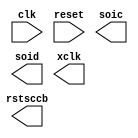
//---------------------------------------------------------------------------------
//
// IMPORTANT: This document is for use only in the <Embedded System Design>
//
// College of Electrical Engineering, Zhejiang University
//
// zhangpy@vlsi.zju.edu.cn
//
//---------------------------------------------------------------------------------

module sccb(clk,
				reset,
				soic,
				soid,
				xclk,
				rstsccb
           );
    
	input  clk;
    input  reset;
    output soic;
    output soid;
	output rstsccb;
	output xclk;
	 
    
    parameter SCCBID = 8'h60;
    parameter ACK = 1'b0;
    parameter SOICHEAD = 4'b1110;
    parameter SOIDHEAD = 4'b1100;
    parameter SOICEND = 4'b1111;
    parameter SOIDEND = 4'b0111;
    parameter SOICMID = 27'd0;
	 
    wire [15:0] INS[0:191];

	assign INS[0] = 16'hff01;
	assign INS[1] = 16'h1280;
	assign INS[2] = 16'hff00;
	assign INS[3] = 16'h2cff;
	assign INS[4] = 16'h2edf;
	assign INS[5] = 16'hff01;
	assign INS[6] = 16'h3c32;
	assign INS[7] = 16'h1100;
	assign INS[8] = 16'h0902;
	assign INS[9] = 16'h0428;
	assign INS[10] = 16'h13e5;
	assign INS[11] = 16'h1448;
	assign INS[12] = 16'h2c0c;
	assign INS[13] = 16'h3378;
	assign INS[14] = 16'h3a33;
	assign INS[15] = 16'h3bfB;
	assign INS[16] = 16'h3e00;
	assign INS[17] = 16'h4311;
	assign INS[18] = 16'h1610;
	assign INS[19] = 16'h3992;
	assign INS[20] = 16'h35da;
	assign INS[21] = 16'h221a;
	assign INS[22] = 16'h37c3;
	assign INS[23] = 16'h2300;
	assign INS[24] = 16'h34c0;
	assign INS[25] = 16'h361a;
	assign INS[26] = 16'h0688;
	assign INS[27] = 16'h07c0;
	assign INS[28]= 16'h0d87;
	assign INS[29] = 16'h0e41;
	assign INS[30] = 16'h4c00;
	assign INS[31] = 16'h4800;
	assign INS[32] = 16'h5B00;
	assign INS[33] = 16'h4203;
	assign INS[34] = 16'h4a81;
	assign INS[35] = 16'h2199;
	assign INS[36] = 16'h2440;
	assign INS[37] = 16'h2538;
	assign INS[38] = 16'h2682;
	assign INS[39] = 16'h5c00;
	assign INS[40] = 16'h6300;
	assign INS[41] = 16'h4622;
	assign INS[42] = 16'h0c3c;
	assign INS[43] = 16'h6170;
	assign INS[44] = 16'h6280;
	assign INS[45] = 16'h7c05;
	assign INS[46] = 16'h2080;
	assign INS[47] = 16'h2830;
	assign INS[48] = 16'h6c00;
	assign INS[49] = 16'h6d80;
	assign INS[50] = 16'h6e00;
	assign INS[51] = 16'h7002;
	assign INS[52] = 16'h7194;
	assign INS[53] = 16'h73c1;
	assign INS[54] = 16'h1240;
	assign INS[55] = 16'h1711;
	assign INS[56] = 16'h1843;
	assign INS[57] = 16'h1900;
	assign INS[58] = 16'h1a4b;
	assign INS[59] = 16'h3209;
	assign INS[60] = 16'h37c0;
	assign INS[61] = 16'h4fca;
	assign INS[62] = 16'h50a8;
	assign INS[63] = 16'h5a23;
	assign INS[64] = 16'h6d00;
	assign INS[65] = 16'h3d38;
	assign INS[66] = 16'hff00;
	assign INS[67] = 16'he57f;
	assign INS[68] = 16'hf9c0;
	assign INS[69] = 16'h4124;
	assign INS[70] = 16'he014;
	assign INS[71] = 16'h76ff;
	assign INS[72] = 16'h33a0;
	assign INS[73] = 16'h4220;
	assign INS[74] = 16'h4318;
	assign INS[75] = 16'h4c00;
	assign INS[76] = 16'h87d5;
	assign INS[77] = 16'h883f;
	assign INS[78] = 16'hd703;
	assign INS[79] = 16'hd910;
	assign INS[80] = 16'hd38f;/////////////////////////////////////////82
	assign INS[81] = 16'hc808;
	assign INS[82] = 16'hc980;
	assign INS[83] = 16'h7c00;
	assign INS[84] = 16'h7d00;
	assign INS[85] = 16'h7c03;
	assign INS[86] = 16'h7d48;
	assign INS[87] = 16'h7d48;
	assign INS[88] = 16'h7c08;
	assign INS[89] = 16'h7d20;
	assign INS[90] = 16'h7d10;
	assign INS[91] = 16'h7d0e;
	assign INS[92] = 16'h9000;
	assign INS[93] = 16'h910e;
	assign INS[94] = 16'h911a;
	assign INS[95] = 16'h9131;
	assign INS[96] = 16'h915a;
	assign INS[97] = 16'h9169;
	assign INS[98] = 16'h9175;
	assign INS[99] = 16'h917e;
	assign INS[100] = 16'h9188;
	assign INS[101] = 16'h918f;
	assign INS[102] = 16'h9196;
	assign INS[103] = 16'h91a3;
	assign INS[104] = 16'h91af;
	assign INS[105] = 16'h91c4;
	assign INS[106] = 16'h91d7;
	assign INS[107] = 16'h91e8;
	assign INS[108] = 16'h9120;
	assign INS[109] = 16'h9200;
	assign INS[110] = 16'h9306;
	assign INS[111] = 16'h93e3;
	assign INS[112] = 16'h9305;
	assign INS[113] = 16'h9305;
	assign INS[114] = 16'h9300;
	assign INS[115] = 16'h9304;
	assign INS[116] = 16'h9300;
	assign INS[117] = 16'h9300;
	assign INS[118] = 16'h9300;
	assign INS[119] = 16'h9300;
	assign INS[120] = 16'h9300;
	assign INS[121] = 16'h9300;
	assign INS[122] = 16'h9300;
	assign INS[123] = 16'h9600;
	assign INS[124] = 16'h9708;
	assign INS[125] = 16'h9719;
	assign INS[126] = 16'h9702;
	assign INS[127] = 16'h970c;
	assign INS[128] = 16'h9724;
	assign INS[129] = 16'h9730;
	assign INS[130] = 16'h9728;
	assign INS[131] = 16'h9726;
	assign INS[132] = 16'h9702;
	assign INS[133] = 16'h9798;
	assign INS[134] = 16'h9780;
	assign INS[135] = 16'h9700;
	assign INS[136] = 16'h9700;
	assign INS[137] = 16'hc3ed;
	assign INS[138] = 16'ha400;
	assign INS[139] = 16'ha800;
	assign INS[140] = 16'hc511;
	assign INS[141] = 16'hc651;
	assign INS[142] = 16'hbf80;
	assign INS[143] = 16'hc710;
	assign INS[144] = 16'hb666;
	assign INS[145] = 16'hb8A5;
	assign INS[146] = 16'hb764;
	assign INS[147] = 16'hb97C;
	assign INS[148] = 16'hb3af;
	assign INS[149] = 16'hb497;
	assign INS[150] = 16'hb5FF;
	assign INS[151] = 16'hb0C5;
	assign INS[152] = 16'hb194;
	assign INS[153] = 16'hb20f;
	assign INS[154] = 16'hc45c;
	assign INS[155] = 16'hc04b;//64
	assign INS[156] = 16'hc14b;//4b
	assign INS[157] = 16'h8c00;//00
	assign INS[158] = 16'h863D;
	assign INS[159] = 16'h5000;//00
	assign INS[160] = 16'h5196;//c8
	assign INS[161] = 16'h5296;//96
	assign INS[162] = 16'h5300;//00
	assign INS[163] = 16'h5400;//00
	assign INS[164] = 16'h5500;//00
	assign INS[165] = 16'h5a96;//c8
	assign INS[166] = 16'h5b96;//96
	assign INS[167] = 16'h5c00;//00
	assign INS[168] = 16'hd38f;/////////////////////////////////////////
	assign INS[169] = 16'hc3ed;
	assign INS[170] = 16'h7f00;
	assign INS[171] = 16'hda08;
	assign INS[172] = 16'he51f;
	assign INS[173] = 16'he167;
	assign INS[174] = 16'he000;
	assign INS[175] = 16'hdd7f;
	assign INS[176] = 16'h0500;
	
	assign INS[177] = 16'hff00;
	
	assign INS[178] = 16'hff00;
	assign INS[179] = 16'hda09;
	assign INS[180] = 16'hd703;
	assign INS[181] = 16'hdf02;
	assign INS[182] = 16'h33a0;
	assign INS[183] = 16'h3c00;
	assign INS[184] = 16'he167;
	assign INS[185] = 16'hff01;
	assign INS[186] = 16'he000;
	assign INS[187] = 16'he100;
	assign INS[188] = 16'he500;
	assign INS[189] = 16'hd700;
	assign INS[190] = 16'hda00;
	assign INS[191] = 16'he000;
 
 /* Your code */
 
 endmodule